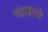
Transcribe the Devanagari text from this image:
चंद्राइतके